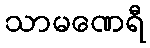
သာမဏေရီ